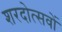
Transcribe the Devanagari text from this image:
शरदोत्सवों